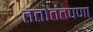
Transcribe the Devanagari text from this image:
तंतोतंतपणा